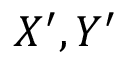
X ^ { \prime } , Y ^ { \prime }